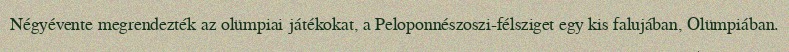
Négyévente megrendezték az olümpiai játékokat, a Peloponnészoszi-félsziget egy kis falujában, Olümpiában.